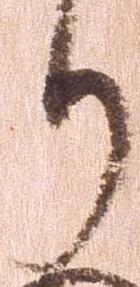
り